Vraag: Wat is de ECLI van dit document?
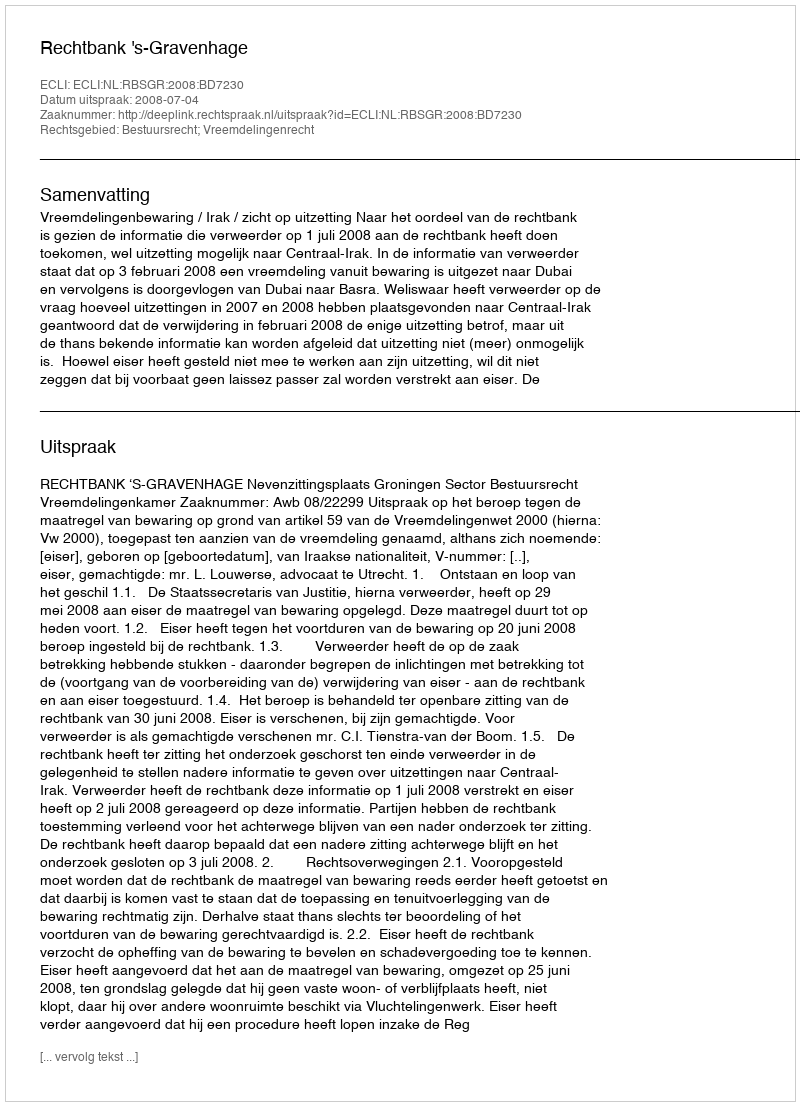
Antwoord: ECLI:NL:RBSGR:2008:BD7230